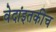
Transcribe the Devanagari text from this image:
वेदांइतकीच